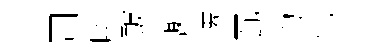
司嗟皷謝遷瓦均他